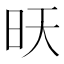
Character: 𭥔